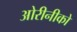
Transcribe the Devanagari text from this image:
ओरीनीको